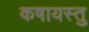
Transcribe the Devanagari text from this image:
कषायस्तु